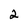
Character: 2